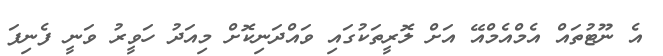
އެ ނޫޓުތައް އެމްއެމްއޭ އަށް ލޮރީތަކުގައި ވައްދަނިކޮށް މިއަދު ހަވީރު ވަނީ ފެނިފަ